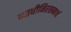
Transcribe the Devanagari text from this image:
व्याधीनिरसनार्थ